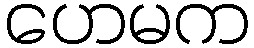
ဟေမက